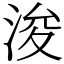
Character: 浚